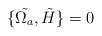
\begin{align*}\{\tilde{\Omega_a},\tilde{H}\}=0\end{align*}